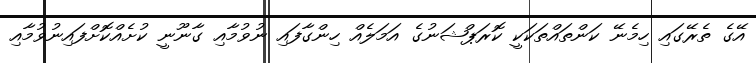
އޭގެ ތެރޭގައި ހިމެނޭ ކަންތައްތަކަކީ ކޮރަޕްޝަނުގެ އަމަލެއް ހިންގާފައި ނުވުމާއި ގާނޫނީ ކުށެއްކޮށްފައިނުވުމާއި